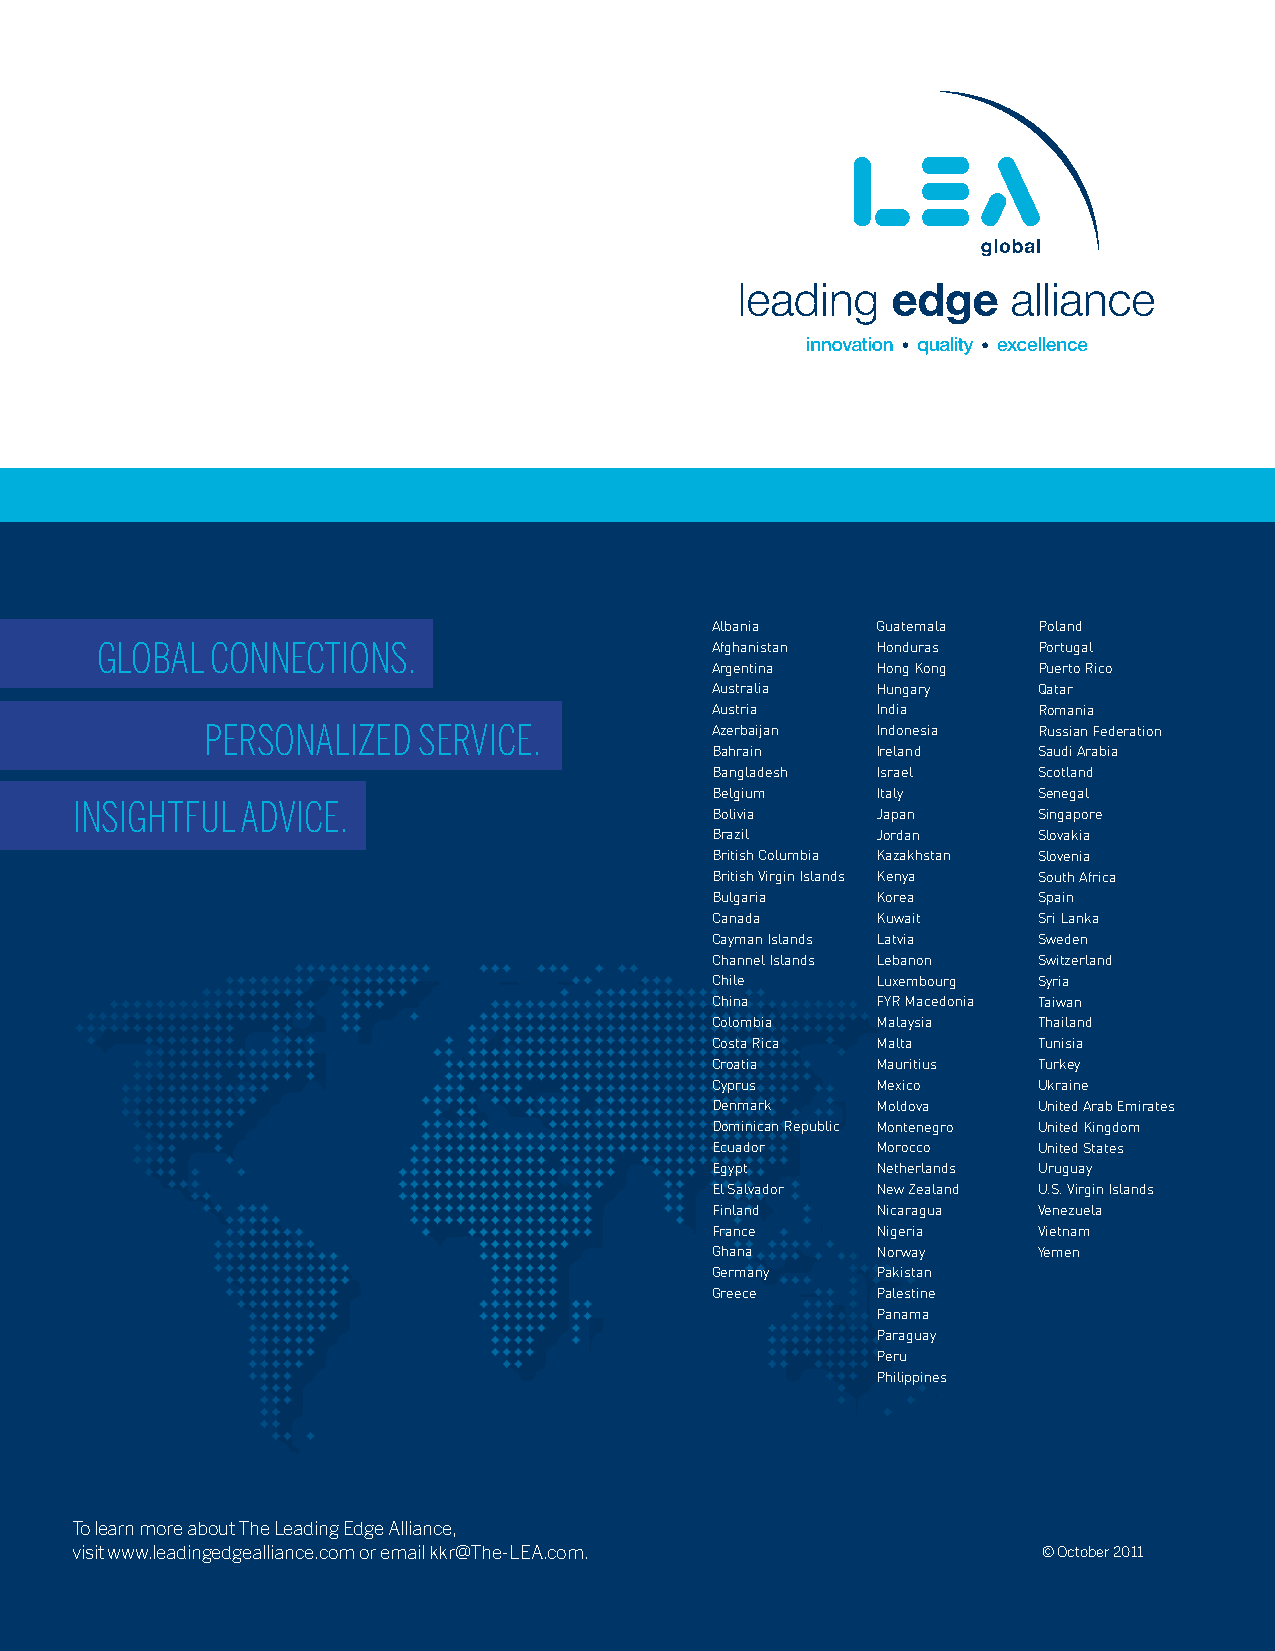
Albania    Guatemala  Poland
 Global  connEctIons.                     Afghanistan Honduras  Portugal
 Argentina  Hong Kong  Puerto Rico
 Australia  Hungary    Qatar
 Austria    India      Romania
 PErsonalIzEd   sErvIcE.           Azerbaijan Indonesia  Russian Federation
 Bahrain    Ireland    Saudi Arabia
 Bangladesh Israel     Scotland
 Belgium    Italy      Senegal
 InsIGhtful advIcE.
 Bolivia    Japan      Singapore
 Brazil     Jordan     Slovakia
 British Columbia Kazakhstan Slovenia
 British Virgin Islands Kenya South Africa
 Bulgaria   Korea      Spain
 Canada     Kuwait     Sri Lanka
 Cayman Islands Latvia Sweden
 Channel Islands Lebanon Switzerland
 Chile      Luxembourg Syria
 China      FYR Macedonia Taiwan
 Colombia   Malaysia   Thailand
 Costa Rica Malta      Tunisia
 Croatia    Mauritius  Turkey
 Cyprus     Mexico     Ukraine
 Denmark    Moldova    United Arab Emirates
 Dominican Republic Montenegro United Kingdom
 Ecuador    Morocco    United States
 Egypt      Netherlands Uruguay
 El Salvador New Zealand U.S. Virgin Islands
 Finland    Nicaragua  Venezuela
 France     Nigeria    Vietnam
 Ghana      Norway     Yemen
 Germany    Pakistan
 Greece     Palestine
 Panama
 Paraguay
 Peru
 Philippines
 To learn more about The Leading Edge Alliance,
 visit www.leadingedgealliance.com or email kkr@The-LEA.com.     © October 2011